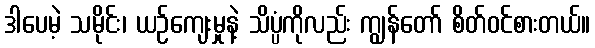
ဒါပေမဲ့ သမိုင်း၊ ယဉ်ကျေးမှုနဲ့ သိပ္ပံကိုလည်း ကျွန်တော် စိတ်ဝင်စားတယ်။